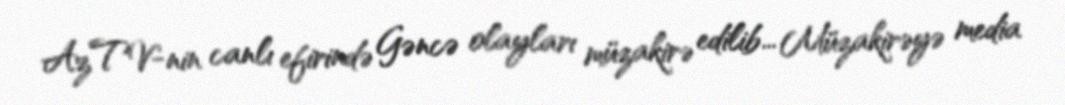
AzTV-nin canlı efirində Gəncə olayları müzakirə edilib... Müzakirəyə media